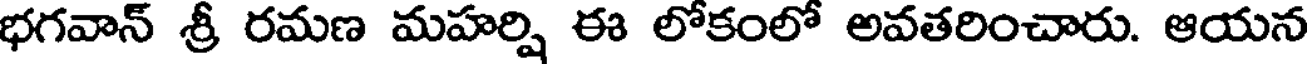
భగవాన్ శ్రీ రమణ మహర్షి ఈ లోకంలో అవతరించారు. ఆయన